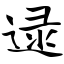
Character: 逯